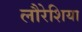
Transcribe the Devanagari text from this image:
लौरेशिया